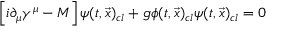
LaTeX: \left[ i \partial _ { \mu } \gamma ^ { \mu } - M \right] \psi ( t , { \vec { x } } ) _ { c l } + g \phi ( t , { \vec { x } } ) _ { c l } \psi ( t , { \vec { x } } ) _ { c l } = 0